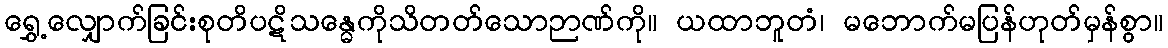
ရွှေ့လျှောက်ခြင်းစုတိပဋိသန္ဓေကိုသိတတ်သောဉာဏ်ကို။ ယထာဘူတံ၊ မဘောက်မပြန်ဟုတ်မှန်စွာ။